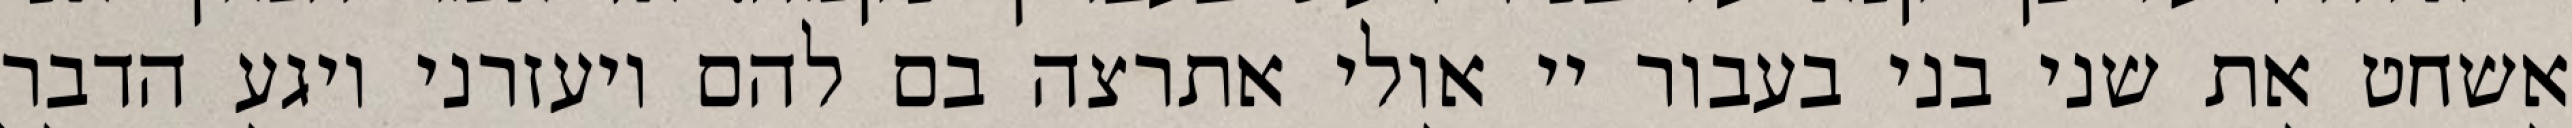
אשחט את שני בני בעבור יי אולי אתרצה בם להם ויעזרני ויגע הדבר